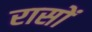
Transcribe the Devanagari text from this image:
रासों